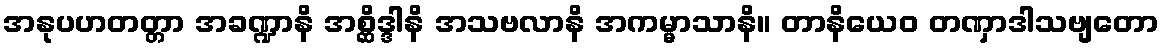
အနုပဟတတ္တာ အခဏ္ဍာနိ အစ္ဆိဒ္ဒါနိ အသဗလာနိ အကမ္မာသာနိ။ တာနိယေဝ တဏှာဒါသဗျတော